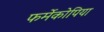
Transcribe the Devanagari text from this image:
फर्मेकोपिया